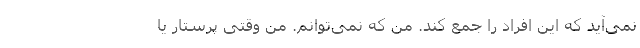
نمی‌آید که این افراد را جمع کند. من که نمی‌توانم. من وقتی پرستار یا